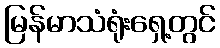
မြန်မာသံရုံးရှေ့တွင်